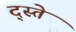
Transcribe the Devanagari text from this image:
द्स्ते